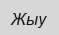
Жыу